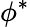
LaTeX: \phi^{\ast}